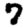
Digit: 7